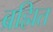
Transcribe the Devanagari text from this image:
ब्रह्मित